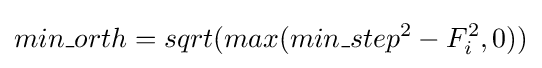
min\_orth=sqrt(max(min\_step^{2}-F_{i}^{2},0))